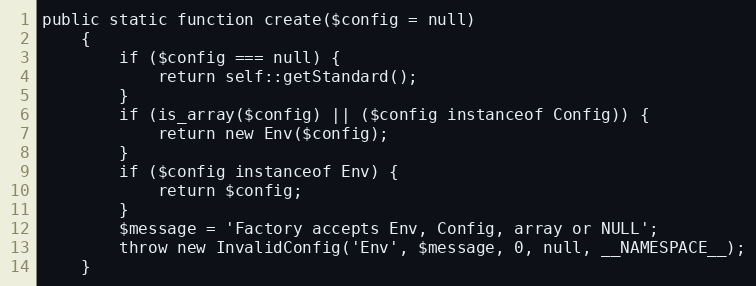
Language: PHP
public static function create($config = null)
    {
        if ($config === null) {
            return self::getStandard();
        }
        if (is_array($config) || ($config instanceof Config)) {
            return new Env($config);
        }
        if ($config instanceof Env) {
            return $config;
        }
        $message = 'Factory accepts Env, Config, array or NULL';
        throw new InvalidConfig('Env', $message, 0, null, __NAMESPACE__);
    }